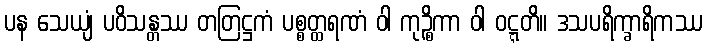
ပန သေယျံ ပဝိသန္တဿ တတြဋ္ဌကံ ပစ္စတ္ထရဏံ ဝါ ကုဉ္စိကာ ဝါ ဝဋ္ဋတိ။ ဒသပရိက္ခာရိကဿ